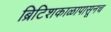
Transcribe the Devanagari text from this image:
ब्रिटिशकाळापासूनच